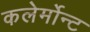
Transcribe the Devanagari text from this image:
कलेर्मोन्ट